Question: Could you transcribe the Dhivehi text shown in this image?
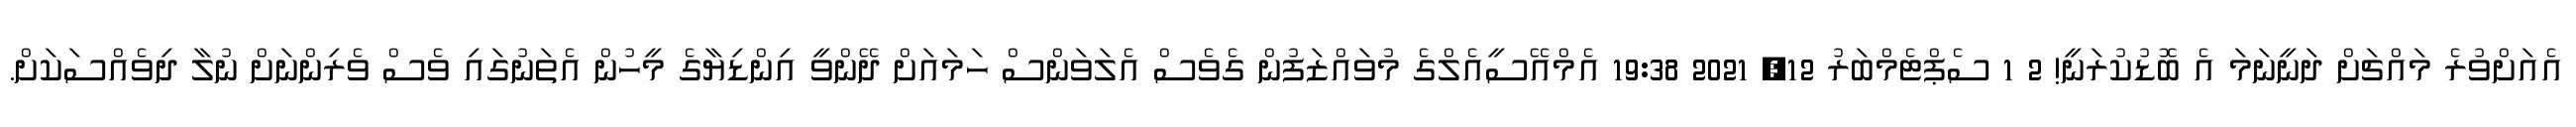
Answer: އެއަށްވުރެ މައްޗަށް ދަނީނަމަ އެ ބޮޑުކުރަނީ! 2 1 ސެޕްޓެމްބަރު 12, 2021 19:38 އެމްއޭސީއެލްގެ މުވައްޒަފުން ގެވެސް އެލަވަންސް ހަމައަށް ދޭންވީ އިންޑިޔާގެ މީހުން އެތަނުގައި ވެސް ވެރިންނަށް ނުލާ ދިވެއްސަކަށް.